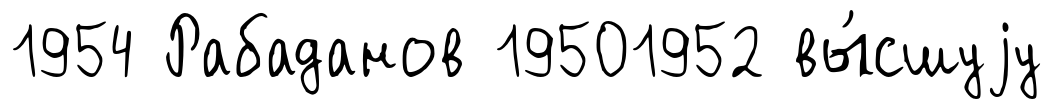
1954 Рабаданов 19501952 вы́сшуjу